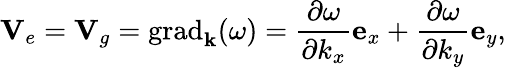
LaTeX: \mathbf{V}_{e}=\mathbf{V}_{g}=\operatorname{grad}_{\mathbf{k}}(\omega)=\frac{\partial\omega}{\partial k_{x}}\mathbf{e}_{x}+\frac{\partial\omega}{\partial k_{y}}\mathbf{e}_{y},